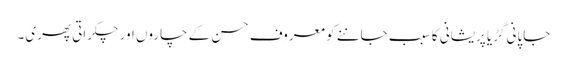
جاپانی گڑیا پریشانی کا سبب جاننے کو معروف حسن کے چاروں اور چکراتی پھری۔